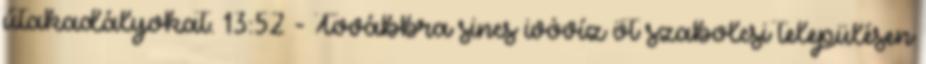
útakadályokat. 13:52 - Továbbra sincs ivóvíz öt szabolcsi településen